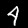
Digit: 4